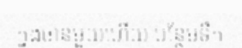
ក្នុងចានមួយហើយ បន្ថែមទឹក